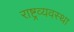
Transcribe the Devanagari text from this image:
राष्ट्रव्यवस्था